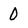
Character: 0